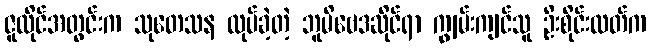
ဇူလိုင်အတွင်းက သုတေသန လုပ်ခဲ့တဲ့ ဘူမိဗေဒဆိုင်ရာ ကျွမ်းကျင်သူ ဦးစိုင်းလတ်က